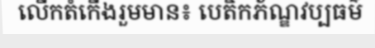
លើកតំកើងរួមមាន៖ បេតិកភ័ណ្ឌវប្បធម៌